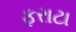
ફરાટા